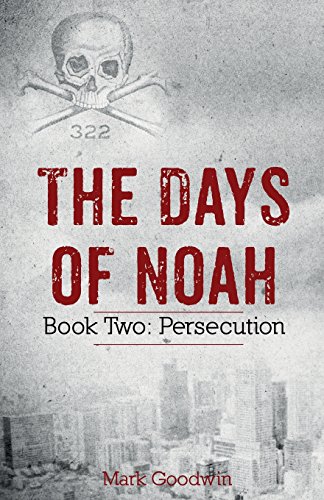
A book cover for The Days of Noah: Book Two: Persecution (Volume 2); Mark Goodwin; Science Fiction & Fantasy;